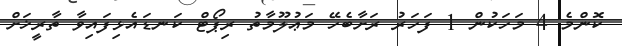
ކޮންމެ 4 މަހަކުން 1 ފަހަރު ރަށާބެހޭ މަޢުލޫމާތު ރިޕޯޓް ކަނޑައެޅިފައިވާ ތާރީޚަށް